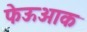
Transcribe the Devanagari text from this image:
फेऊआक